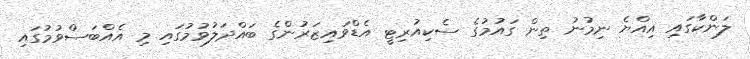
ލަންކާގައި އިއްޔެ ނިމުނު ތިން ގައުމުގެ ސެކިއުރިޓީ އެޑްވައިޒަރުންގެ ބައްދަލުވުމުގައި މި އެއްބަސްވުމުގައި